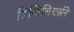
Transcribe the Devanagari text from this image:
डिव्हिलियर्सने